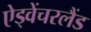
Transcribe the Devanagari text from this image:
ऐड्वेंचरलैंड